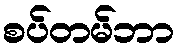
စပ်တမ်ဘာ